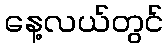
နေ့လယ်တွင်